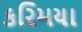
કરિમયા